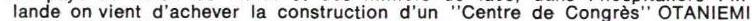
lande on vient d'achever la construction d'un "Centre de Congrès" OTANIEMI